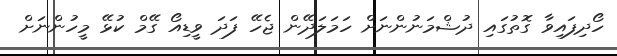
ހޯދިފައިވާ ގޮތުގައި ދުޝްމަނުންނަށް ހަމަލަދޭން ޖެހޭ ފަދަ ވީޑިއޯ ގޭމް ކުޅޭ މީހުންނަށް